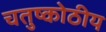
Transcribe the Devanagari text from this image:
चतुष्कोठीय